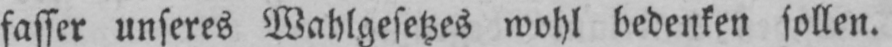
fasser unseres Wahlgesetzes wohl bedenken sollen.